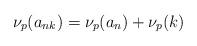
LaTeX: \begin{align*}\nu_{p}(a_{nk})& = \nu_{p}(a_{n})+\nu_{p}(k)\end{align*}